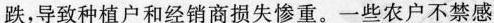
跌，导致种植户和经销商损失惨重。一些农户不禁感